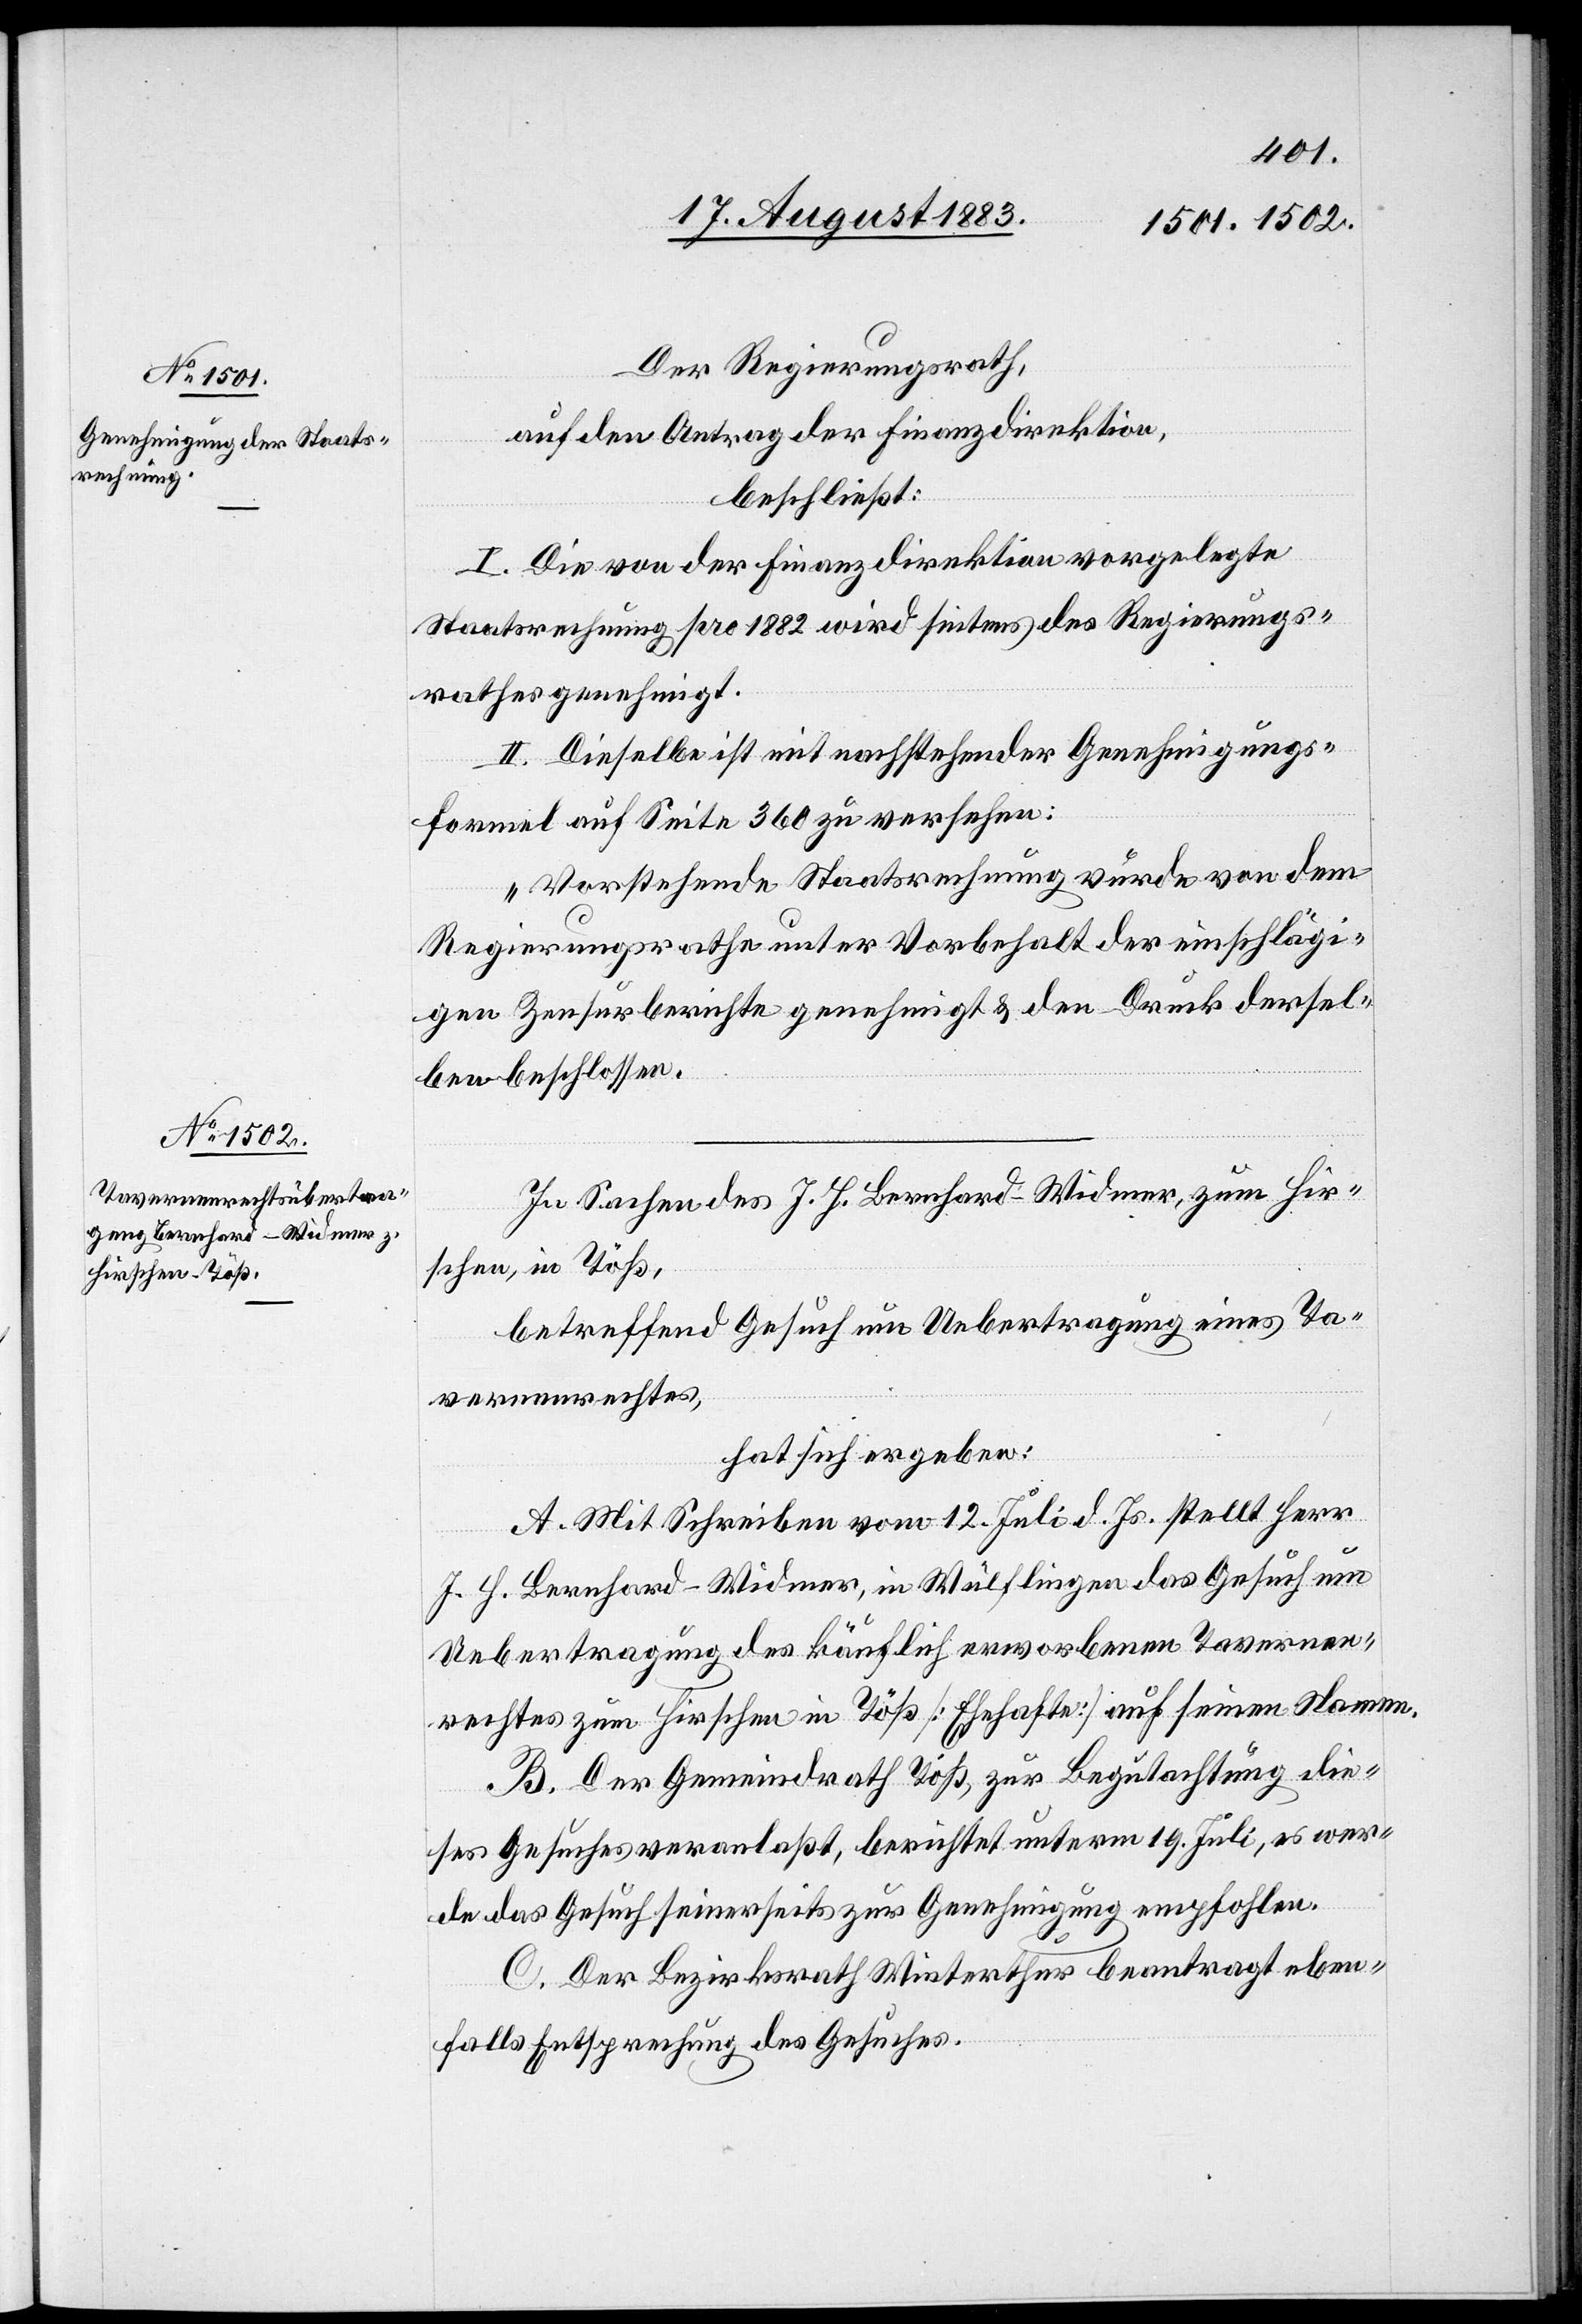
Der Regierungsrath,
auf den Antrag der Finanzdirektion,
beschließt:
I. Die von der Finanzdirektion vorgelegte
Staatsrechnung pro 1882 wird seitens des Regierungs¬
rathes genehmigt.
II. Dieselbe ist mit nachstehender Genehmigungs¬
formel auf Seite 360 zu versehen:
„Vorstehende Staatsrechnung wurde von dem
Regierungsrathe unter Vorbehalt der einschlägi¬
gen Zensurberichte genehmigt & den [sic!] Druck dersel¬
ben beschlossen.“
In Sachen des J. H. Bernhard-Widmer, zum Hir¬
schen, in Töß,
betreffend Gesuch um Uebertragung eines Ta¬
vernenrechtes,
hat sich ergeben:
A. Mit Schreiben vom 12. Juli d. Js. stellt Herr
J. H. Bernhard-Widmer, in Wülflingen das Gesuch um
Uebertragung des käuflich erworbenen Tavernen¬
rechtes zum Hirschen in Töß [Ehehafte] auf seinen Namen.
B. Der Gemeindrath Töß, zur Begutachtung die¬
ses Gesuches veranlaßt, berichtet unterm 19. Juli, es wer¬
de das Gesuch seinerseits zur Genehmigung empfohlen.
C. Der Bezirksrath Winterthur beantragt eben¬
falls Entsprechung des Gesuches.